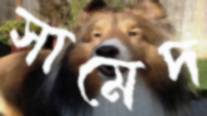
সামেদ